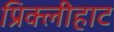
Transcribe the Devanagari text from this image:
प्रिक्लीहाट